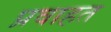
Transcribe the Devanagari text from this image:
प्रवाहत